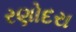
રણોદરા